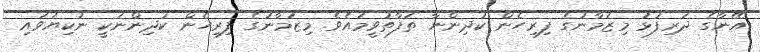
އޭނާގެ ދަރިފުޅު މިޒަމާނުގެ ފިރިހެން ކުދިންނާ ތަފާތުވީމައެވެ. މިޒަމާނުގެ ފިރިހެން ކުދިންނަކީ ނުކިޔަވައި